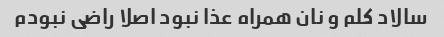
سالاد کلم و نان همراه عذا نبود اصلا راضی نبودم